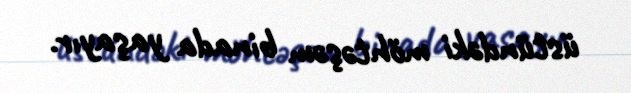
üstündəki möhtəşəm binada yaşayır.